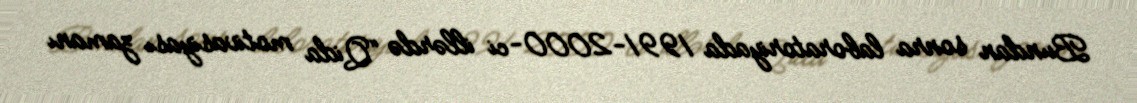
Bundan sonra laboratoriyada 1991-2000-ci illərdə “Qida motivasiyası zamanı